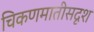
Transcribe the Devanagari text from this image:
चिकणमातीसदृश